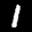
Label: 1